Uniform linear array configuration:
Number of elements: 12
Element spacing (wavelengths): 0.75
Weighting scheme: cosine
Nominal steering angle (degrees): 15
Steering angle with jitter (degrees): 15.559
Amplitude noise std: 0.05
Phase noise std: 0.05

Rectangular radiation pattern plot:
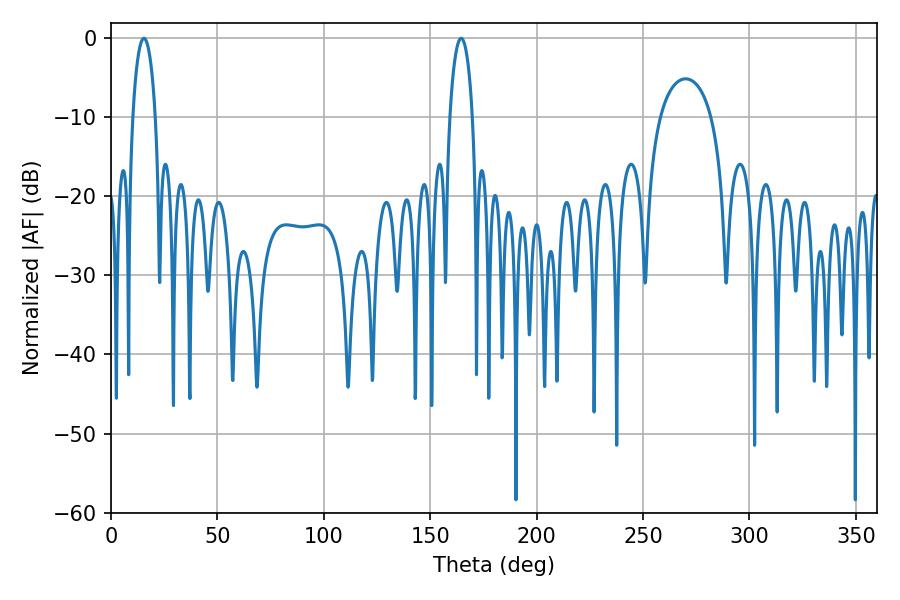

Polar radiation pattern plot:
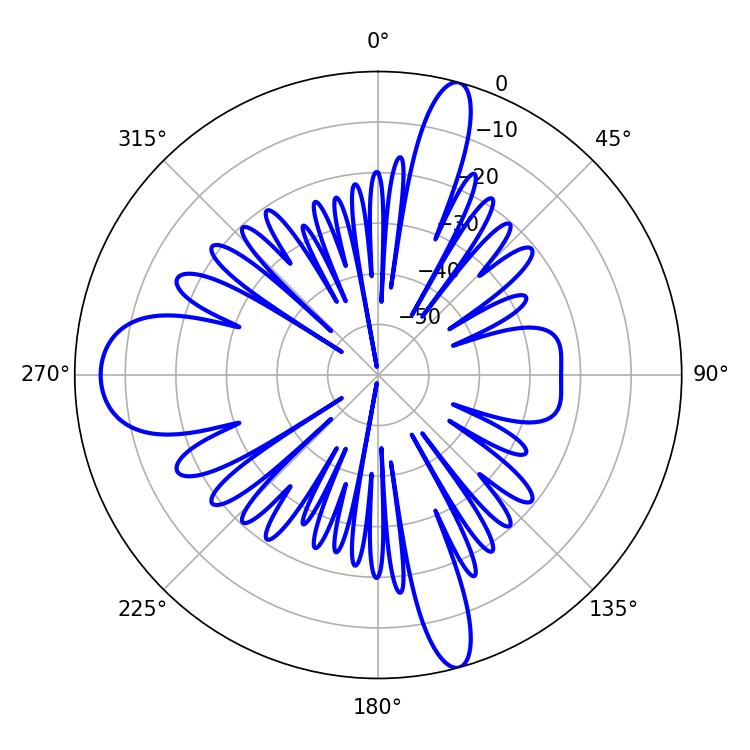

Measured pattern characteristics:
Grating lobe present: TRUE
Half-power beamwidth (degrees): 6.12
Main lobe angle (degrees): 15.48